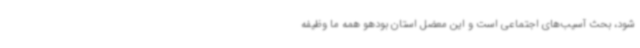
شود، بحث آسیب‌های اجتماعی است و این معضل استان بودهو همه ما وظیفه